Scottish Leaving Certificate Examination, 1959
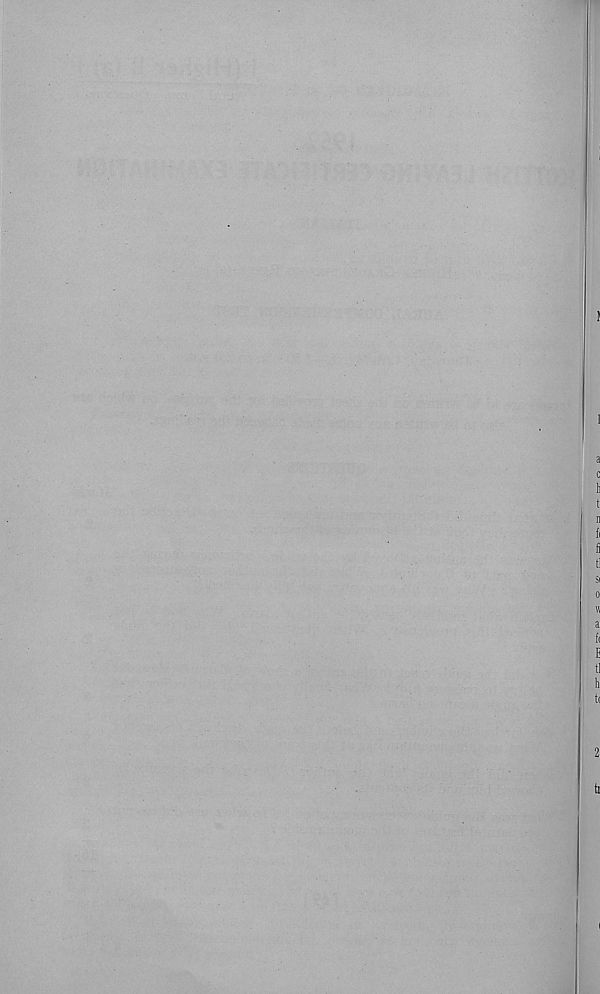
1
a
c
li
t
11
fi
fi
t!
Si
0
W
a
fi
E
tl
h
ti
2
ti
i